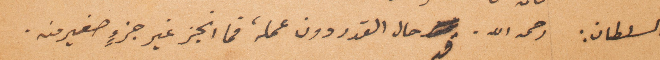
السلطان: رجمه الله. قد حال القدر دون عمله، فما انجز غير جزء صغير منه.